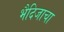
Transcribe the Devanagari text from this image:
भैदिजाचा